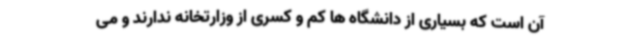
آن است که بسیاری از دانشگاه ها کم و کسری از وزارتخانه ندارند و می